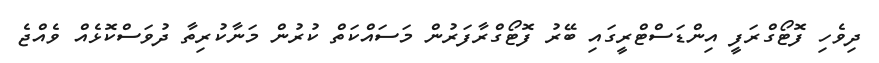
ދިވެހި ފޮޓޯގްރަފީ އިންޑަސްޓްރީގައި ބޭރު ފޮޓޯގްރާފަރުން މަސައްކަތް ކުރުން މަނާކުރިތާ ދުވަސްކޮޅެއް ވެއްޖެ